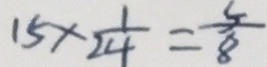
1 5 \times \frac { 1 } { 2 4 } = \frac { 5 } { 8 }